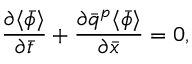
\frac { \partial \langle \bar { \phi } \rangle } { \partial \bar { t } } + \frac { \partial \bar { q } ^ { p } \langle \bar { \phi } \rangle } { \partial \bar { x } } = 0 ,